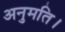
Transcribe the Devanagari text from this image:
अनुमति।